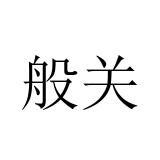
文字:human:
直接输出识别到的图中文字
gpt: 般关